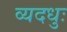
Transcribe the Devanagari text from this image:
व्यदधुः